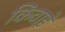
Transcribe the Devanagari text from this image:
किवाड़े